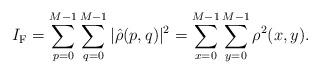
LaTeX: \begin{align*}I_\mathrm{F}=\sum_{p=0}^{M-1} \sum_{q=0}^{M-1}|\hat{\rho}(p,q)|^2 = \sum_{x=0}^{M-1} \sum_{y=0}^{M-1}{\rho}^2(x,y).\end{align*}